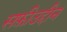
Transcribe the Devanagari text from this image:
सफ़ीउद्दीन